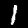
Digit: 1